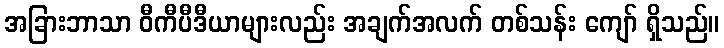
အခြားဘာသာ ဝီကီပီဒီယာများလည်း အချက်အလက် တစ်သန်း ကျော် ရှိသည်။